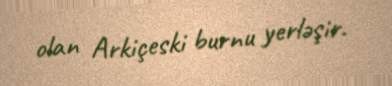
olan Arkiçeski burnu yerləşir.